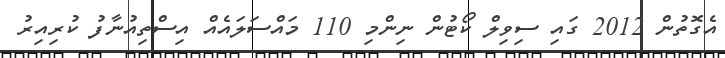
އެގޮތުން 2012 ގައި ސިވިލް ކޯޓުން ނިންމި 110 މައްސަލައެއް އިސްތިއުނާފު ކުރިއިރު